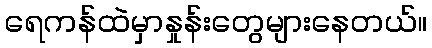
ရေကန်ထဲမှာနှုန်းတွေများနေတယ်။